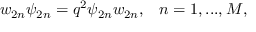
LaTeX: w _ { 2 n } \psi _ { 2 n } = q ^ { 2 } \psi _ { 2 n } w _ { 2 n } , \; \; \; n = 1 , . . . , M ,